Subject: math
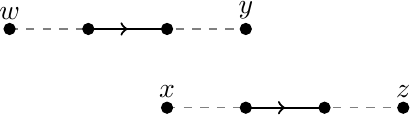
LaTeX code:
\begin{tikzpicture}\usetikzlibrary{decorations.markings}
\draw[gray, dashed] (-11,-2) -- (-8,-2);
\draw[gray, dashed] (-13,-1) -- (-10,-1);
\filldraw[black] (-13,-1) circle (2pt) node[anchor=south] {$w$};
\filldraw[black] (-10,-1) circle (2pt) node[anchor=south] {$y$};
\filldraw[black] (-11,-2) circle (2pt) node[anchor=south] {$x$};
\filldraw[black] (-8,-2) circle (2pt) node[anchor=south] {$z$};
\filldraw[black] (-12,-1) circle (2pt);
\filldraw[black] (-11,-1) circle (2pt);
\filldraw[black] (-10,-2) circle (2pt);
\filldraw[black] (-9,-2) circle (2pt);
\begin{scope}[thick,decoration={
    markings,
    mark=at position 0.5 with {\arrow{>}}}
    ]
    \draw[postaction={decorate}] (-12,-1)--(-11,-1);
    \draw[postaction={decorate}] (-10,-2)--(-9,-2);
\end{scope}
\end{tikzpicture}